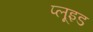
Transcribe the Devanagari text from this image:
प्लूइड